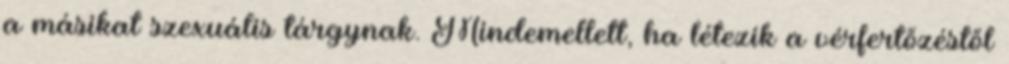
a másikat szexuális tárgynak. Mindemellett, ha létezik a vérfertőzéstől